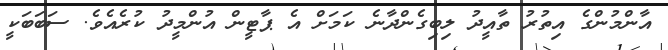
އާންމުންގެ އިތުރު ތާއީދު ލިބިގެންދާނެ ކަމަށް އެ ޕާޓީން އުންމީދު ކުރެއެވެ. ސަބަބަކީ